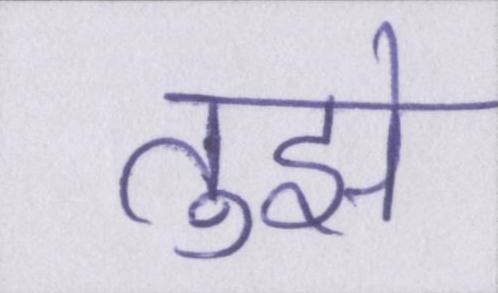
तुझे